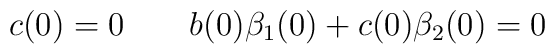
c(0)=0\qquad b(0)\beta _{1}(0)+c(0)\beta _{2}(0)=0